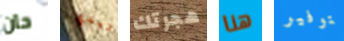
حان تيدي هجرتك هنا بتوفير